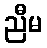
ညီမ